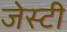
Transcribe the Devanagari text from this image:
जेस्टी